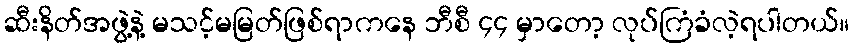
ဆီးနိတ်အဖွဲ့နဲ့ မသင့်မမြတ်ဖြစ်ရာကနေ ဘီစီ ၄၄ မှာတော့ လုပ်ကြံခံလဲ့ရပါတယ်။